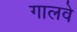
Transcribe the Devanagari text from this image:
गालवे